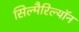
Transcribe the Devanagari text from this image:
सिल्मैरिल्यॉन